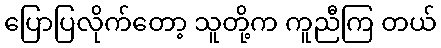
ပြောပြလိုက်တော့ သူတို့က ကူညီကြ တယ်